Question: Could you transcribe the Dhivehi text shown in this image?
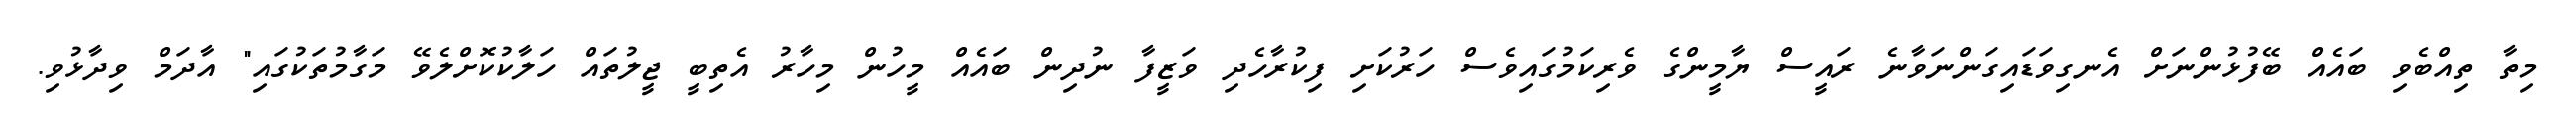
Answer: މިތާ ތިއްބެވި ބައެއް ބޭފުޅުންނަށް އެނގިވަޑައިގަންނަވާނެ ރައީސް ޔާމީންގެ ވެރިކަމުގައިވެސް ހަރުކަށި ފިކުރާހެދި ވަޒީފާ ނުދިން ބައެއް މީހުން މިހާރު އެތިބީ ޖީލުތައް ހަލާކުކޮށްލެވޭ މަގާމުތަކުގައި" އާދަމް ވިދާޅުވި.